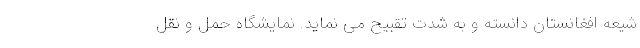
شیعه افغانستان دانسته و به شدت تقبیح می نماید. نمایشگاه حمل و نقل